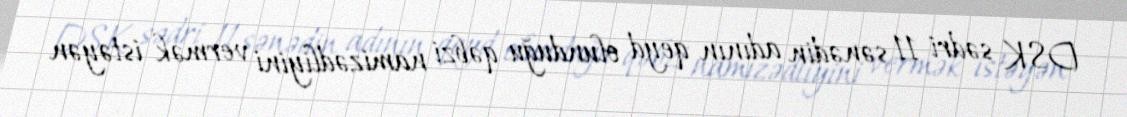
DSK sədri 11 sənədin adının qeyd olunduğu qəbzi namizədliyini vermək istəyən